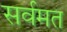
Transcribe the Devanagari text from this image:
सर्वमत